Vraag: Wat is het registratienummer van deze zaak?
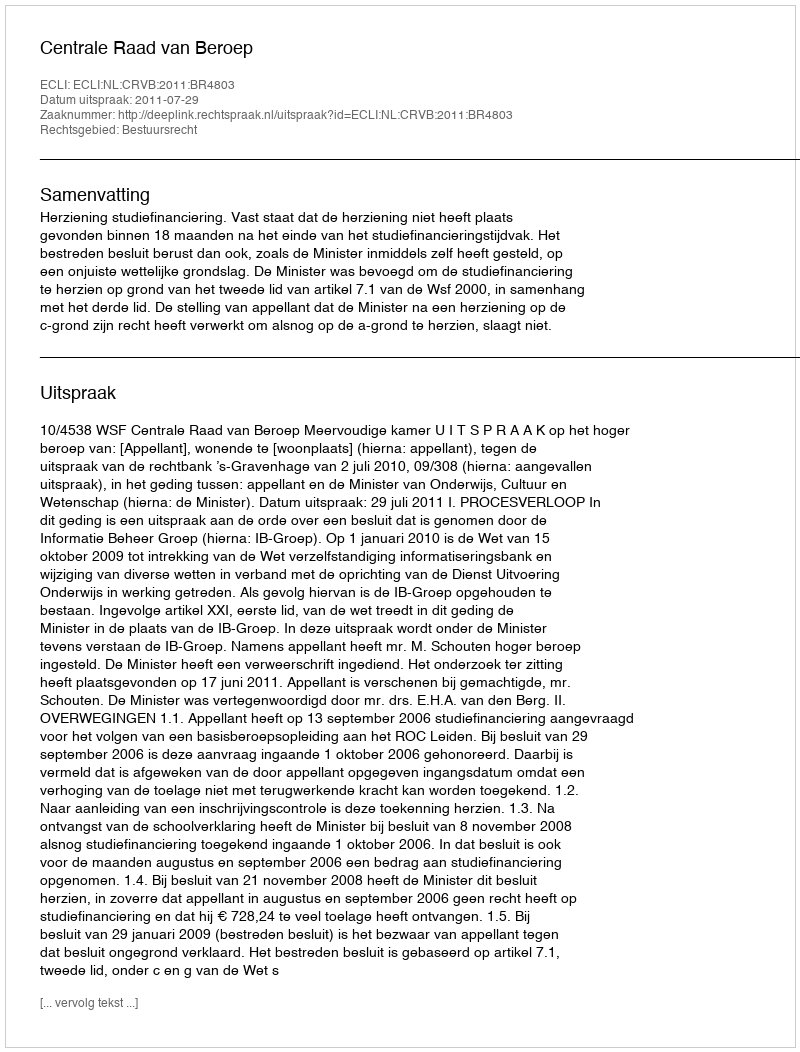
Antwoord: http://deeplink.rechtspraak.nl/uitspraak?id=ECLI:NL:CRVB:2011:BR4803